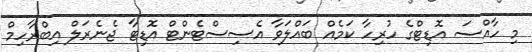
މި ހާއްސަ އޮޑިޓްގެ ހުރިހާ ކަމެއް ބައްލަވާ އެސިސްޓެންޓް އޮޑިޓާ ޖެނެރަލް އިބްރާހިމް